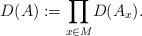
LaTeX: \begin{align*} D(A):= \displaystyle{\prod_{x\in M}}D(A_x).\end{align*}